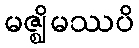
မဇ္ဈိမဿပိ